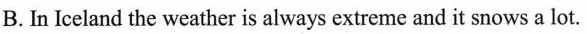
B. In Iceland the weather is always extreme and it snows a lot.